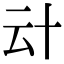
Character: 𠦊